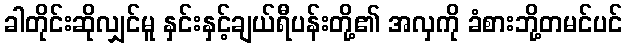
ခါတိုင်းဆိုလျှင်မူ နှင်းနှင့်ချယ်ရီပန်းတို့၏ အလှကို ခံစားဘို့တမင်ပင်